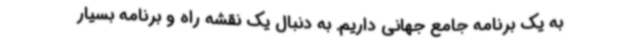
به یک برنامه جامع جهانی داریم. به دنبال یک نقشه راه و برنامه بسیار